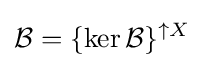
{\mathcal {B}}=\{\ker {\mathcal {B}}\}^{\uparrow X}